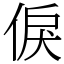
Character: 㑦